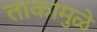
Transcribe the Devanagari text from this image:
ताकामुळे